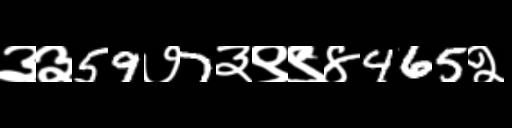
Text: ३३59७7३९९४465२